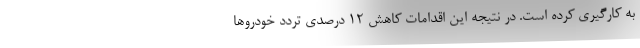
به کارگیری کرده است. در نتیجه این اقدامات کاهش ۱۲ درصدی تردد خودروها